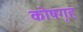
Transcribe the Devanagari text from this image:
कोषगृह